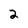
Character: 2